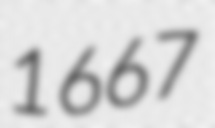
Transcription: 1667